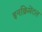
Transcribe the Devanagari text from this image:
इनक्रिमेंटल